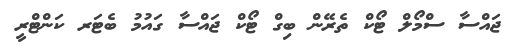
ޖައްސާ ސްމޯލް ޓޯކް ތެރޭން ބިގް ޓޯކް ޖައްސާ ގައުމު ބެޓަރ ކަންޓްރީ